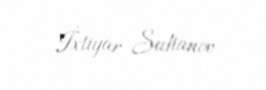
İxtiyar Sultanov